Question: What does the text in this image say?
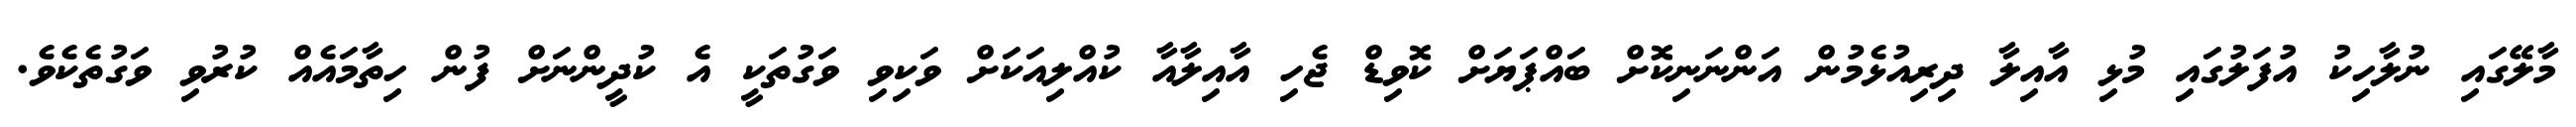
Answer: މާލޭގައި ނުލާހިކު އުފަލުގައި މުޅި އާއިލާ ދިރިއުޅެމުން އަންނަނިކޮށް ބައްޕަޔަށް ކޮވިޑް ޖެހި އާއިލާއާ ކުއްލިއަކަށް ވަކިވި ވަގުތަކީ އެ ކުދީންނަށް ފުން ހިތާމައެއް ކުރުވި ވަގުތެކެވެ.